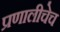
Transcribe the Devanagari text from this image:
प्रणालीचेच